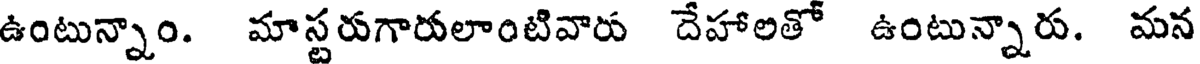
ఉంటున్నాం. మాస్టరుగారులాంటివారు దేహాలతో ఉంటున్నారు. మన